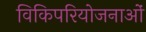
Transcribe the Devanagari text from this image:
विकिपरियोजनाओं